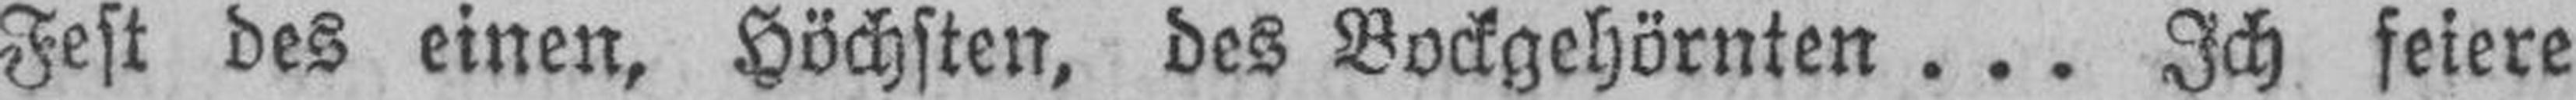
Fest des einen, Höchsten, des Bockgehörnten... Ich feiere